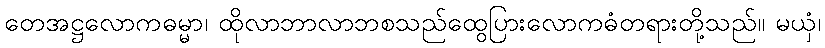
တေအဋ္ဌလောကဓမ္မာ၊ ထိုလာဘာလာဘစသည်ထွေပြားလောကဓံတရားတို့သည်။ မယှံ၊